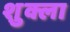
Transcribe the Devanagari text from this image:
श़ुक्ला